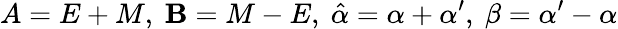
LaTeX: A=E+{M},\ \mathbf{B}={M}-E,\ \hat{{\alpha}}=\alpha+\alpha^{\prime},\ \beta=\alpha^{\prime}-\alpha